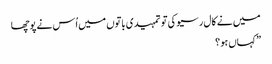
میں نے کال رسیو کی تو تمہیدی باتوں میں اُس نے پوچھا
” کہاں ہو ؟